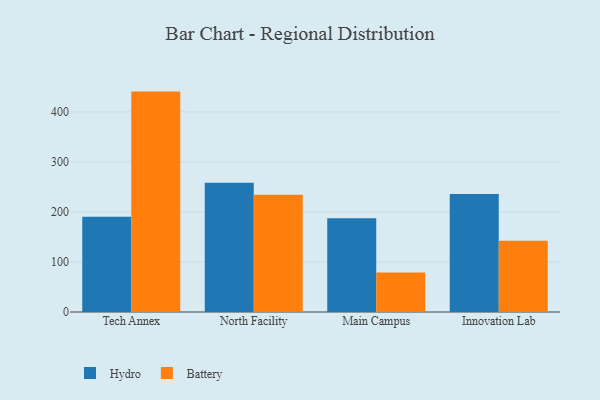
{"axis": {"x": "Campus", "y": "Humidity (%)"}, "legend": ["Battery", "Hydro"], "data": [{"x": "Tech Annex", "y": 190.6, "type": "Hydro"}, {"x": "Tech Annex", "y": 440.6, "type": "Battery"}, {"x": "North Facility", "y": 258.2, "type": "Hydro"}, {"x": "North Facility", "y": 234.6, "type": "Battery"}, {"x": "Main Campus", "y": 187.6, "type": "Hydro"}, {"x": "Main Campus", "y": 78.8, "type": "Battery"}, {"x": "Innovation Lab", "y": 235.7, "type": "Hydro"}, {"x": "Innovation Lab", "y": 142.2, "type": "Battery"}]}